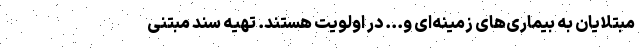
مبتلایان به بیماری‌های زمینه‌ای و... در اولویت هستند. تهیه سند مبتنی